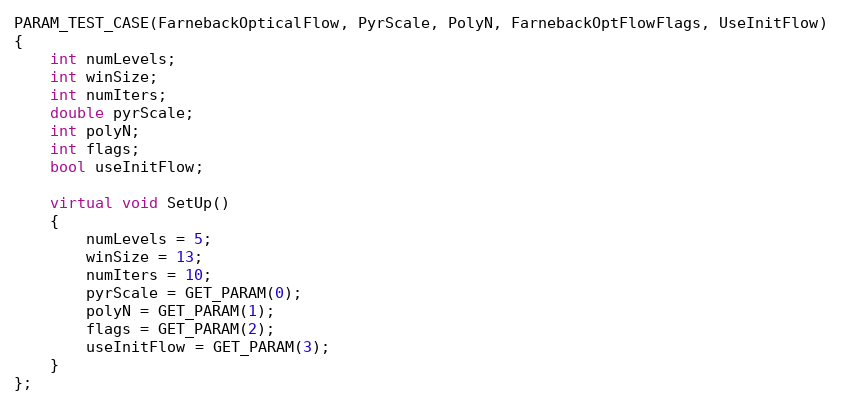
Language: C++
PARAM_TEST_CASE(FarnebackOpticalFlow, PyrScale, PolyN, FarnebackOptFlowFlags, UseInitFlow)
{
    int numLevels;
    int winSize;
    int numIters;
    double pyrScale;
    int polyN;
    int flags;
    bool useInitFlow;

    virtual void SetUp()
    {
        numLevels = 5;
        winSize = 13;
        numIters = 10;
        pyrScale = GET_PARAM(0);
        polyN = GET_PARAM(1);
        flags = GET_PARAM(2);
        useInitFlow = GET_PARAM(3);
    }
};